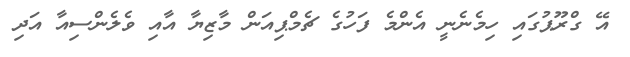
އޭ ގްރޫޕުގައި ހިމެނެނީ އެންމެ ފަހުގެ ޗެމްޕިއަން މާޒިޔާ އާއި ވެލެންސިއާ އަދި